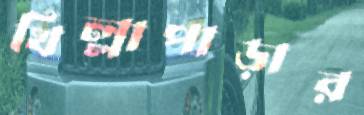
খিল্লাপাড়ার